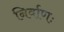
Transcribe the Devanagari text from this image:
निर्वाणः